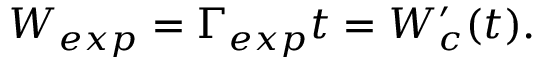
W _ { e x p } = \Gamma _ { e x p } t = W _ { c } ^ { \prime } ( t ) .